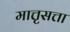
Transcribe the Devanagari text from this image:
मात्तृसत्ता